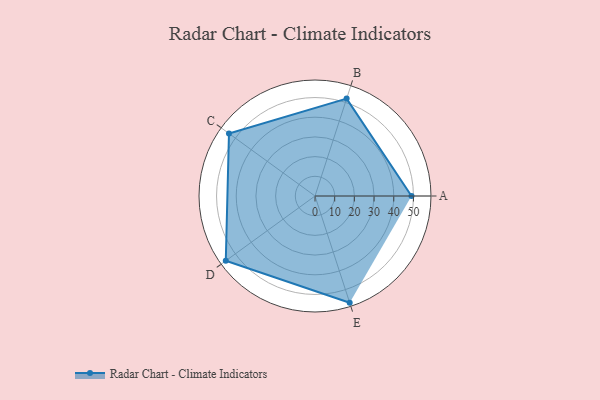
{"axis": {"x": "Skill", "y": "Score"}, "legend": ["Profile"], "data": [{"x": "A", "y": 49.0, "type": "Profile"}, {"x": "B", "y": 52.0, "type": "Profile"}, {"x": "C", "y": 54.0, "type": "Profile"}, {"x": "D", "y": 56.0, "type": "Profile"}, {"x": "E", "y": 57.0, "type": "Profile"}]}